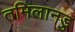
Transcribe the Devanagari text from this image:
तमिलानडु